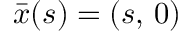
\bar { \boldsymbol { x } } ( s ) = ( s , \, 0 )